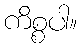
ကိစ္စပါ။